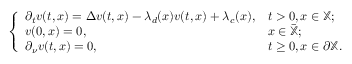
\begin{array} { r } { \left\{ \begin{array} { l l } { \partial _ { t } v ( t , x ) = \Delta v ( t , x ) - \lambda _ { d } ( x ) v ( t , x ) + \lambda _ { c } ( x ) , } & { t > 0 , x \in \mathbb { X } ; } \\ { v ( 0 , x ) = 0 , } & { x \in \bar { \mathbb { X } } ; } \\ { \partial _ { \nu } v ( t , x ) = 0 , } & { t \geq 0 , x \in \partial \mathbb { X } . } \end{array} \right. } \end{array}